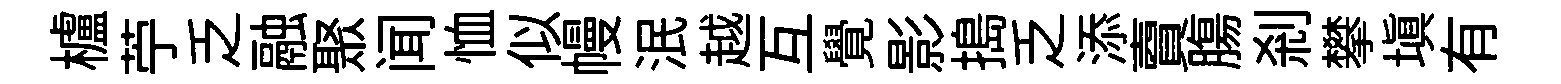
櫨苧乏融聚闻恤似幔泯越互覺影搗乏添𧶠膓刹攀填有